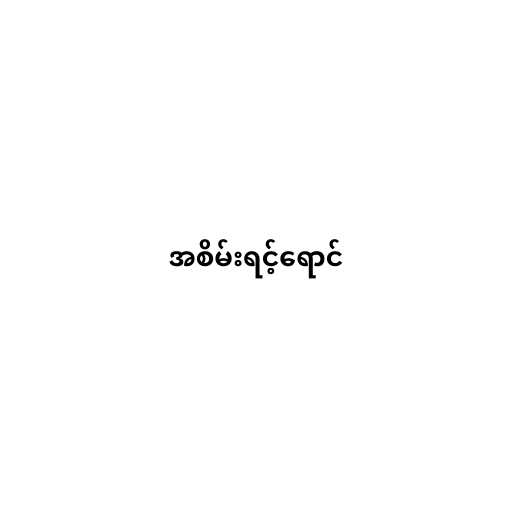
အစိမ်းရင့်ရောင်